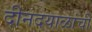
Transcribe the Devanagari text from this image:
दीनदयाळांची